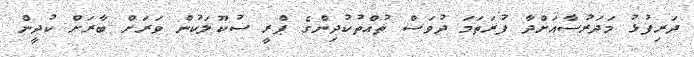
ދަރިފުޅު މަދަރުސާއަށްދާ ފުރަތަމަ ދުވަސް ތުއްތުކުދިންގެ ޕްރީ ސުކޫލަކުން ވަރަށް ބާރަށް ކުދީން